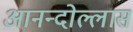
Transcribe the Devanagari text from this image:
आनन्दोल्लास